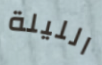
الليلة